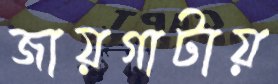
জায়গাটায়